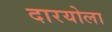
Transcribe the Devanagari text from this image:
दारयोला